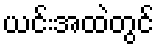
ယင်းအထဲတွင်